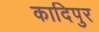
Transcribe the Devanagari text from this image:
कादिपुर